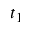
t _ { 1 }